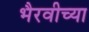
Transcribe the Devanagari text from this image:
भैरवीच्या